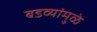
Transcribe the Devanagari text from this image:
बडव्यांमुळे